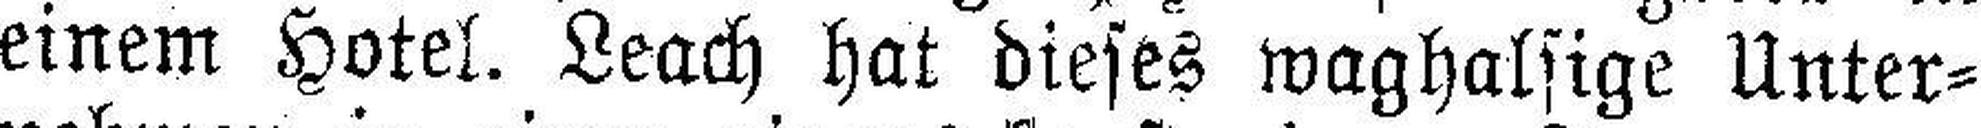
einem Hotel. Leach hat dieses waghalsige Unter¬